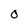
Character: 0